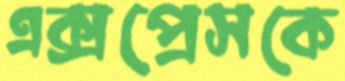
এক্সপ্রেসকে